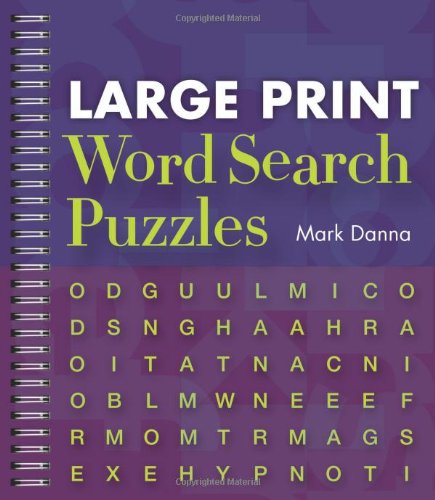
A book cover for Large Print Word Search Puzzles; Mark Danna; Humor & Entertainment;